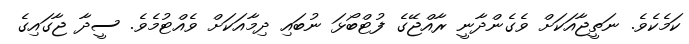
ކަމެކެވެ. ނަތީޖާއަކަށް ވެގެންދާނީ ރާއްޖޭގެ ފުޓްބޯޅަ ނުބައި ދިމާއަކަށް ވެއްޓުމެވެ. ސީދާ ޖާގައިގެ